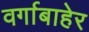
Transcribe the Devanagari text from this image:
वर्गाबाहेर